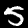
Label: 5